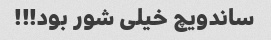
ساندویچ خیلی شور بود!!!